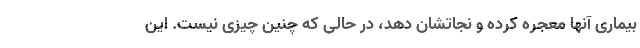
بیماری آنها معجره کرده و نجاتشان دهد، در حالی که چنین چیزی نیست. این